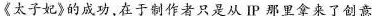
《太子妃》的成功,在于制作者只是从IP那里拿来了创意